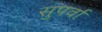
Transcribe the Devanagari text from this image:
सुपर्वा